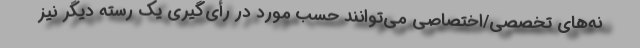
نه‌های تخصصی/اختصاصی می‌توانند حسب مورد در رأی‌گیری یک رسته دیگر نیز